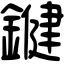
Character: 𨫡